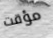
مؤقت